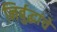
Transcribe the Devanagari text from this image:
निर्बुद्धांचे